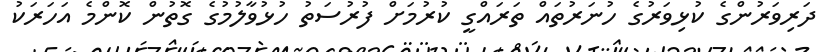
ދަރިވަރުންގެ ކުޅިވަރުގެ ހުނަރުތައް ތަރައްގީ ކުރުމަށް ފުރުސަތު ހުޅުވާލުމުގެ ގޮތުން ކޮންމެ އަހަރަކު